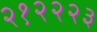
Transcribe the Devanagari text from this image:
२१२२२३